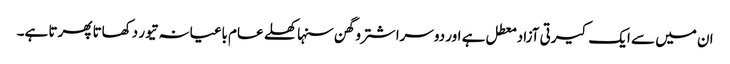
ان میں سے ایک کیرتی آزاد معطل ہے اور دوسرا شترو گھن سنہا کھلے عام باغیانہ تیور دکھاتا پھرتا ہے۔